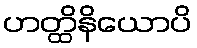
ဟတ္ထိနိယောပိ